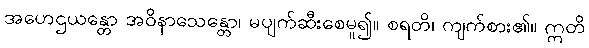
အဟေဌယန္တော အဝိနာသေန္တော၊ မပျက်ဆီးစေမူ၍။ စရတိ၊ ကျက်စား၏။ ဣတိ